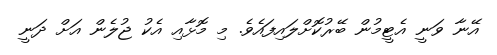
އޭނާ ވަނީ އެޓީމުން ބޭރުކޮށްލައިފައެވެ. މި މޮޅާއި އެކު ޖުލެން އަށް ދަނީ